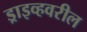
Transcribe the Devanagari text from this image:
ड्राइव्हवरील